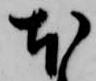
本